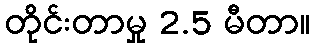
တိုင်းတာမှု 2.5 မီတာ။